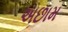
અછામ